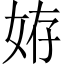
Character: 𡜒